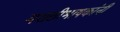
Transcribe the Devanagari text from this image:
मराठीभाषकांनी